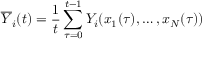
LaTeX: { \overline { { Y } } } _ { i } ( t ) = { \frac { 1 } { t } } \sum _ { \tau = 0 } ^ { t - 1 } Y _ { i } ( x _ { 1 } ( \tau ) , \ldots , x _ { N } ( \tau ) )